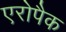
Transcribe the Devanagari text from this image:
एरोपैक